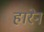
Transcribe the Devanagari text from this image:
हारेन